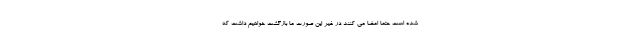
شده است حتما امضا می کنند در غیر این صورت ما بازگشت خواهیم داشت که